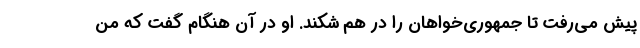
پیش می‌رفت تا جمهوری‌خواهان را در هم شکند. او در آن هنگام گفت که من